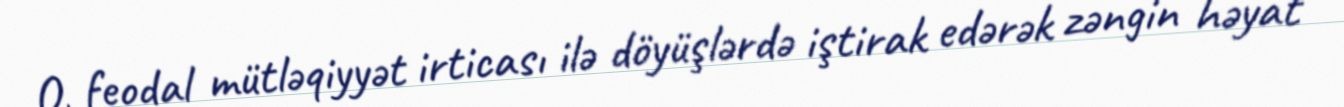
O, feodal mütləqiyyət irticası ilə döyüşlərdə iştirak edərək zəngin həyat